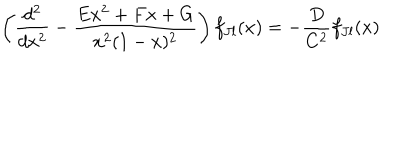
\left( { \frac { d ^ { 2 } } { d x ^ { 2 } } } - { \frac { E x ^ { 2 } + F x + G } { x ^ { 2 } ( 1 - x ) ^ { 2 } } } \right) f _ { J l } ( x ) = - { \frac { D } { C ^ { 2 } } } f _ { J l } ( x )